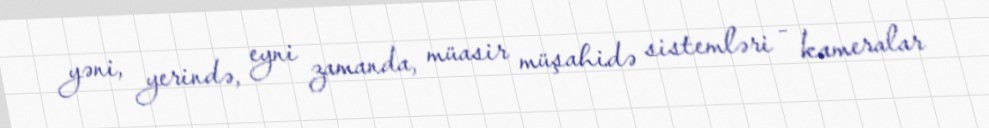
yəni, yerində, eyni zamanda, müasir müşahidə sistemləri - kameralar